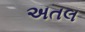
અતલ